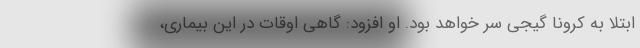
ابتلا به کرونا گیجی سر خواهد بود. او افزود: گاهی اوقات در این بیماری،